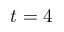
t = 4